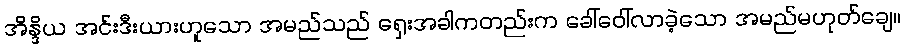
အိန္ဒိယ အင်းဒီးယားဟူသော အမည်သည် ရှေးအခါကတည်းက ခေါ်ဝေါ်လာခဲ့သော အမည်မဟုတ်ချေ။